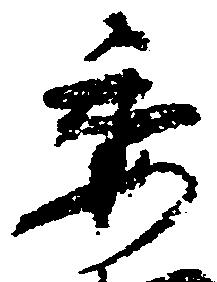
委